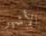
الأشهر